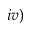
i v )